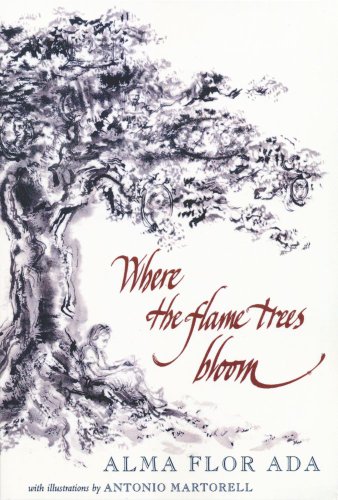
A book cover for Where the Flame Trees Bloom; Alma Flor Ada; Children's Books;